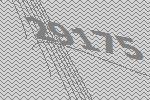
29175